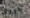
جوري